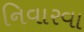
નિવારવા